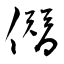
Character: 僭